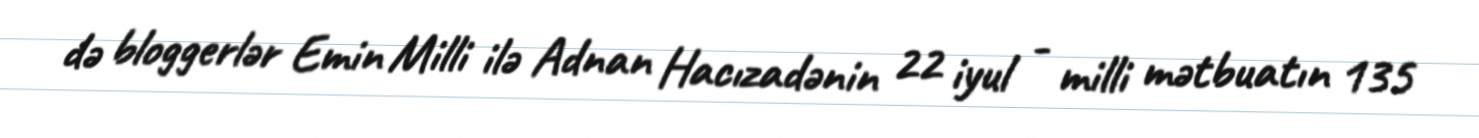
də bloggerlər Emin Milli ilə Adnan Hacızadənin 22 iyul - milli mətbuatın 135